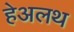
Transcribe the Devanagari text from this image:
हेअलथ